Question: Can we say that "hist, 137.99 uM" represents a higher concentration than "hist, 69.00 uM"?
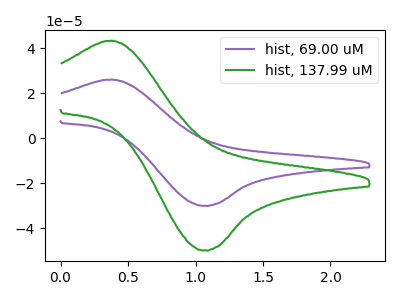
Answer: <think>The purple curve "hist, 69.00 uM" has an anodic peak at (0.35V, 26.00uA) and a cathodic peak at (1.05V, -29.85uA). The green curve "hist, 137.99 uM" has an anodic peak at (0.35V, 43.20uA) and a cathodic peak at (1.05V, -49.65uA).
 All the peaks in "hist, 137.99 uM" have a peak in "hist, 69.00 uM" at the same potential. Every peak in "hist, 137.99 uM" is higher than every peak in "hist, 69.00 uM".</think>
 <answer>"hist, 137.99 uM" has more signal than "hist, 69.00 uM" and so likely has a higher concentration.</answer>
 <eval>more_concentration</eval>